Plague in India, 1896, 1897 - Volume 2
Year: 1896
Disease focus: Plague
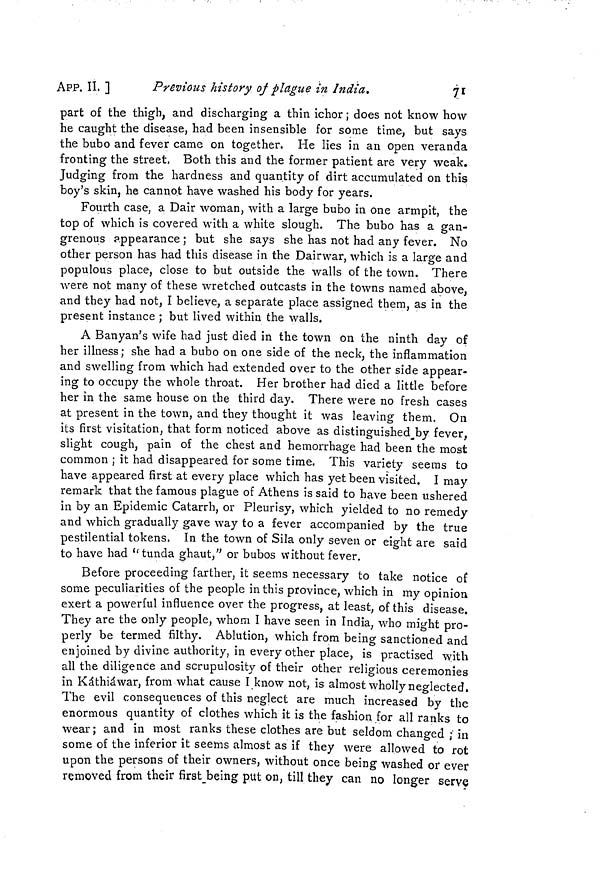
APP. II. ]
Previous history of plague in India.
71
part of the thigh, and discharging a thin ichor ; does not know how
he caught the disease, had been insensible for some time, but says
the bubo and fever came on together. He lies in an open veranda
fronting the street, Both this and the former patient are very weak.
Judging from the hardness and quantity of dirt accumulated on this
boy's skin, he cannot have washed his body for years.
Fourth case, a Dair woman, with a large bubo in one armpit, the
top of which is covered with a white slough. The bubo has a gan-
grenous appearance ; but she says she has not had any fever. No
other person has had this disease in the Dairwar, which is a large and
populous place, close to but outside the walls of the town. There
were not many of these wretched outcasts in the towns named above,
and they had not, I believe, a separate place assigned them, as in the
present instance ; but lived within the walls.
A Banyan's wife had just died in the town on the ninth day of
her illness; she had a bubo on one side of the neck, the inflammation
and swelling from which had extended over to the other side appear-
ing to occupy the whole throat. Her brother had died a little before
her in the same house on the third day. There were no fresh cases
at present in the town, and they thought it was leaving them. On
its first visitation, that form noticed above as distinguished by fever,
slight cough, pain of the chest and hemorrhage had been" the most
common ; it had disappeared for some time. This variety seems to
have appeared first at every place which has yet been visited. I may
remark that the famous plague of Athens is said to have been ushered
in by an Epidemic Catarrh, or Pleurisy, which yielded to no remedy
and which gradually gave way to a fever accompanied by the true
pestilential tokens, In the town of Sila only seven or eight are said
to have had " tunda ghaut," or bubos without fever.
Before proceeding farther, it seems necessary to take notice of
some peculiarities of the people in this province, which in my opinion
exert a powerful influence over the progress, at least, of this disease.
They are the only people, whom I have seen in India, who might pro-
perly be termed filthy. Ablution, which from being sanctioned and
enjoined by divine authority, in every other place, is practised with
all the diligence and scrupulosity of their other religious ceremonies
in Káthiáwar, from what cause I know not, is almost wholly neglected.
The evil consequences of this neglect are much increased by the
enormous quantity of clothes which it is the fashion for all ranks to
wear ; and in most ranks these clothes are but seldom changed ; in
some of the inferior it seems almost as if they were allowed to rot
upon the persons of their owners, without once being washed or ever
removed from their first_being put on, till they can no longer serve